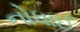
નોધાઈ